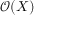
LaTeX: { \mathcal { O } } ( X )